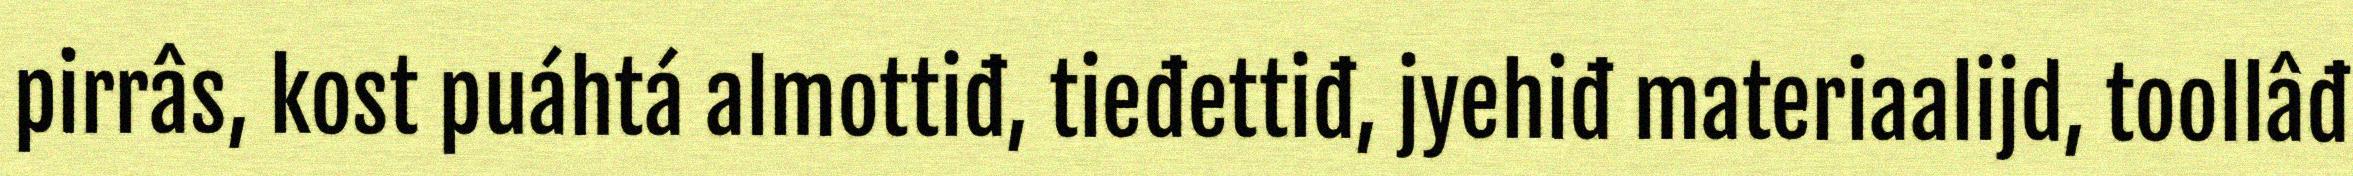
pirrâs, kost puáhtá almottiđ, tieđettiđ, jyehiđ materiaalijd, toollâđ